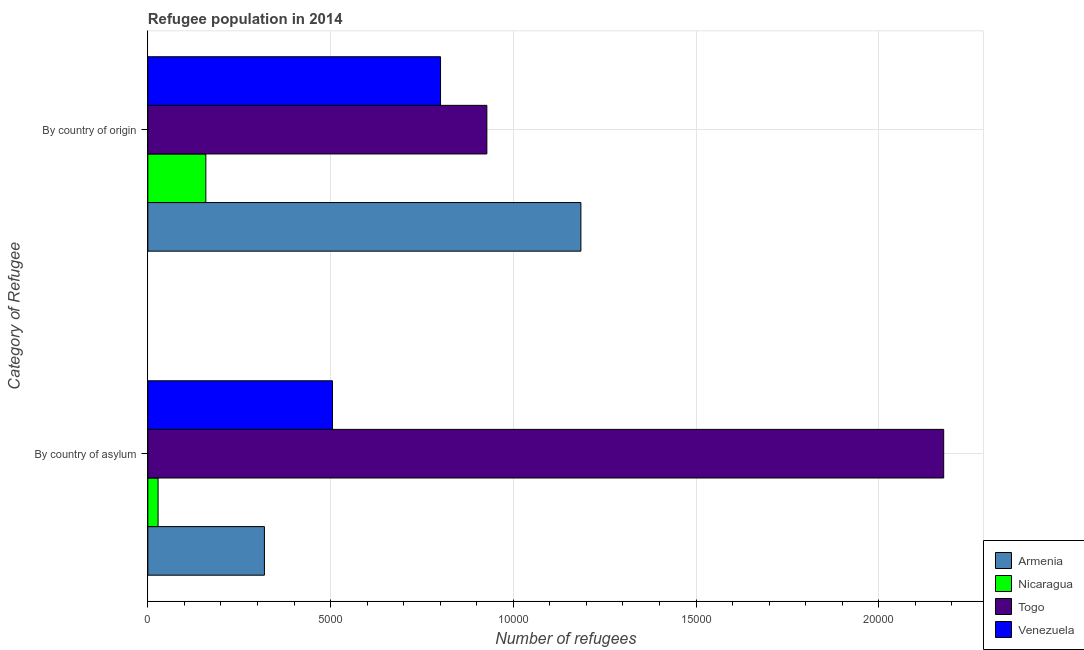
| Category of Refugee | Armenia | Nicaragua | Togo | Venezuela |
 | --- | --- | --- | --- | --- |
 | By country of asylum | 3.19e+03 | 280 | 2.18e+04 | 5.05e+03 |
 | By country of origin | 1.18e+04 | 1.59e+03 | 9.28e+03 | 8.01e+03 |